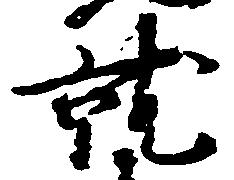
就